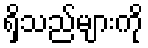
ရှိသည်များကို